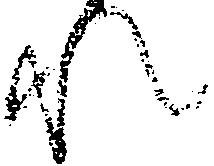
れ